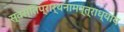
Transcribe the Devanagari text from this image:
स्वस्तिप्रार्थनामन्त्राध्याय